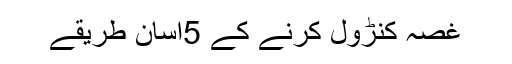
غصہ کنڑول کرنے کے 5آسان طریقے